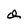
Character: G